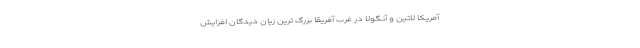
آمریکا لاتین و آنگولا در غرب آفریقا بزرگ ترین زیان دیدگان افزایش